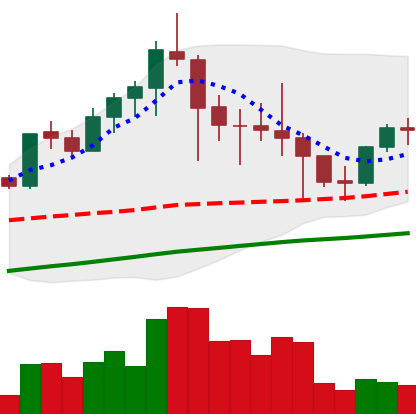
Ticker: LTC-USD
Chart end date: 2021-04-28
Forward return: 14.003%
Label: up_7plus